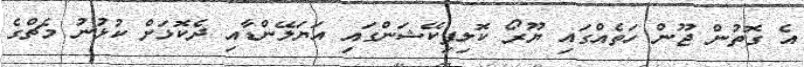
އެ ގޮތުން ޖޫން ހަތެއްގައި ޔޫރޯ ކޮލިފިކޭޝަންގައި އަޔަލޭންޑާއި ދެކޮޅަށް ކުޅުނު މެޗްގެ